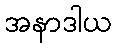
အနာဒါယ